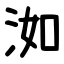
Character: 洳